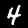
Digit: 4